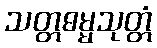
သတ္တဓမ္မသုတ္တံ